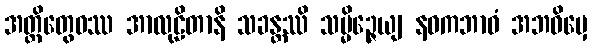
အတ္ထိတွေဝဿ အာလုဠိတာနိ သခန္တဿိ သမ္မိဉ္ဇေယျ နဝကဘာဝံ အဘဝိမှေ